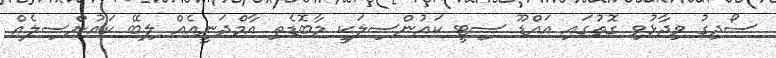
ސޯދިގު ވިދާޅުވި ގޮތުގައި އައްޑޫ ސިޓީ ކައުންސިލަކީ މާބޮޑެތި އާމްދަނީއެއް ލިބޭ ކައުންސިލެއް